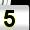
Digit: 5